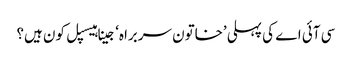
سی آئی اے کی پہلی ’خاتون سربراہ‘ جینا ہیسپل کون ہیں؟